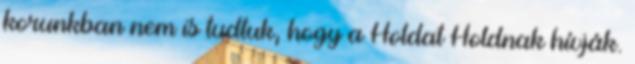
korunkban nem is tudtuk, hogy a Holdat Holdnak hívják.